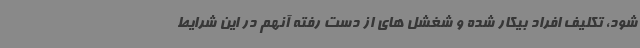
شود، تکلیف افراد بیکار شده و شغشل های از دست رفته آنهم در این شرایط